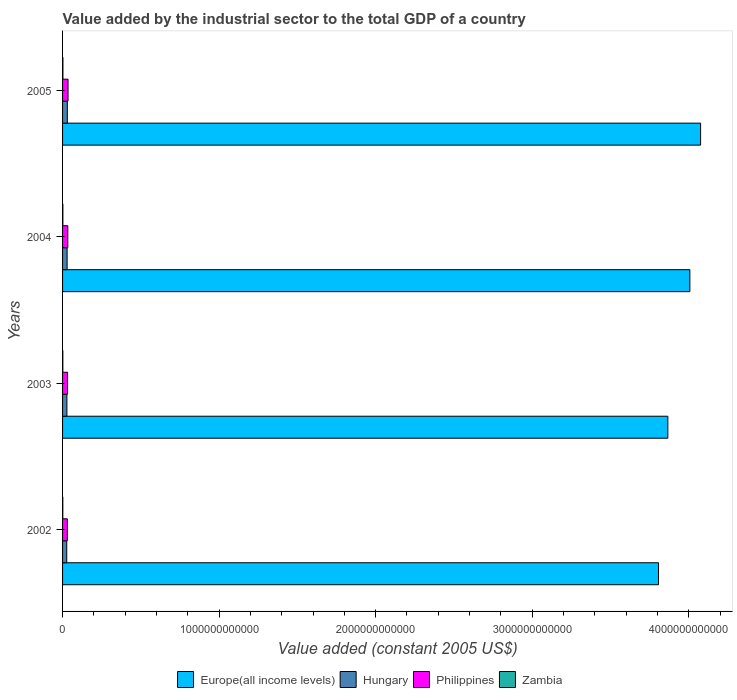
| Years | Europe(all income levels) | Hungary | Philippines | Zambia |
 | --- | --- | --- | --- | --- |
 | 2002 | 3.81e+12 | 2.67e+10 | 3.05e+10 | 1.59e+09 |
 | 2003 | 3.87e+12 | 2.77e+10 | 3.18e+10 | 1.77e+09 |
 | 2004 | 4.01e+12 | 2.9e+10 | 3.35e+10 | 2e+09 |
 | 2005 | 4.08e+12 | 3.05e+10 | 3.49e+10 | 2.24e+09 |